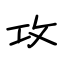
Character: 攻